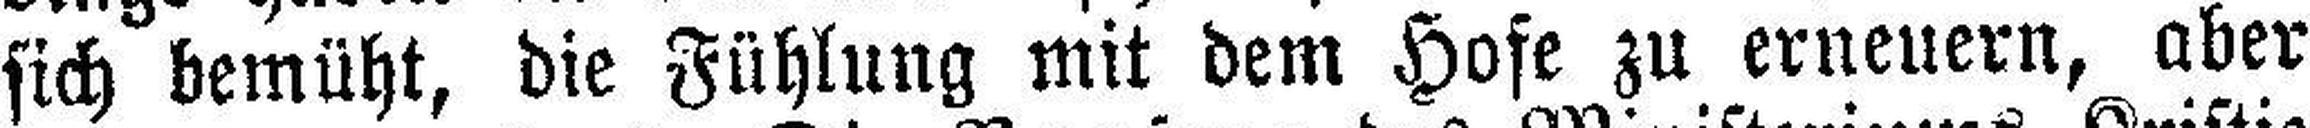
sich bemüht, die Fühlung mit dem Hofe zu erneuern, aber